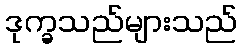
ဒုက္ခသည်များသည်